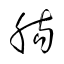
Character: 膓